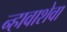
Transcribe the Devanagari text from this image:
न्हावाशेवा